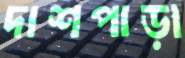
দাশপাড়া